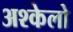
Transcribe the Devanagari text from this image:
अश्केलो